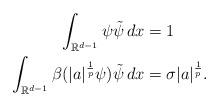
LaTeX: \begin{align*}\int_{\mathbb{R}^{d-1}}\psi \tilde \psi\, dx &= 1 \\\int_{\mathbb{R}^{d-1}}\beta(|a|^\frac{1}{p}\psi)\tilde \psi \, dx&= \sigma|a|^\frac{1}{p}.\end{align*}